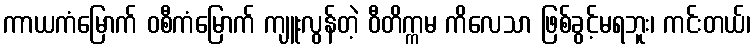
ကာယကံမြောက် ဝစီကံမြောက် ကျူးလွန်တဲ့ ဝီတိက္ကမ ကိလေသာ ဖြစ်ခွင့်မရဘူး၊ ကင်းတယ်၊